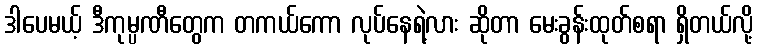
ဒါပေမယ့် ဒီကုမ္ပဏီတွေက တကယ်ကော လုပ်နေရဲ့လား ဆိုတာ မေးခွန်းထုတ်စရာ ရှိတယ်လို့